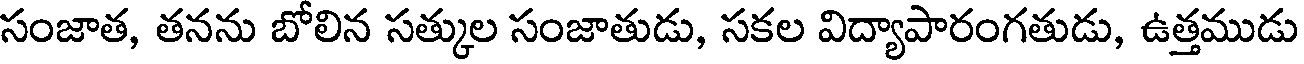
సంజాత, తనను బోలిన సత్కుల సంజాతుడు, సకల విద్యాపారంగతుడు, ఉత్తముడు